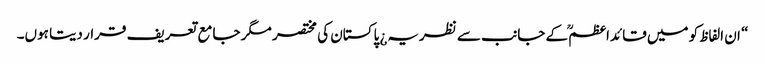
“ ان الفاظ کو میں قائداعظمؒ کے جانب سے نظریہ¿ پاکستان کی مختصر مگر جامع تعریف قرار دیتا ہوں۔